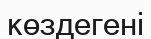
көздегені